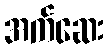
အက်ဆေး